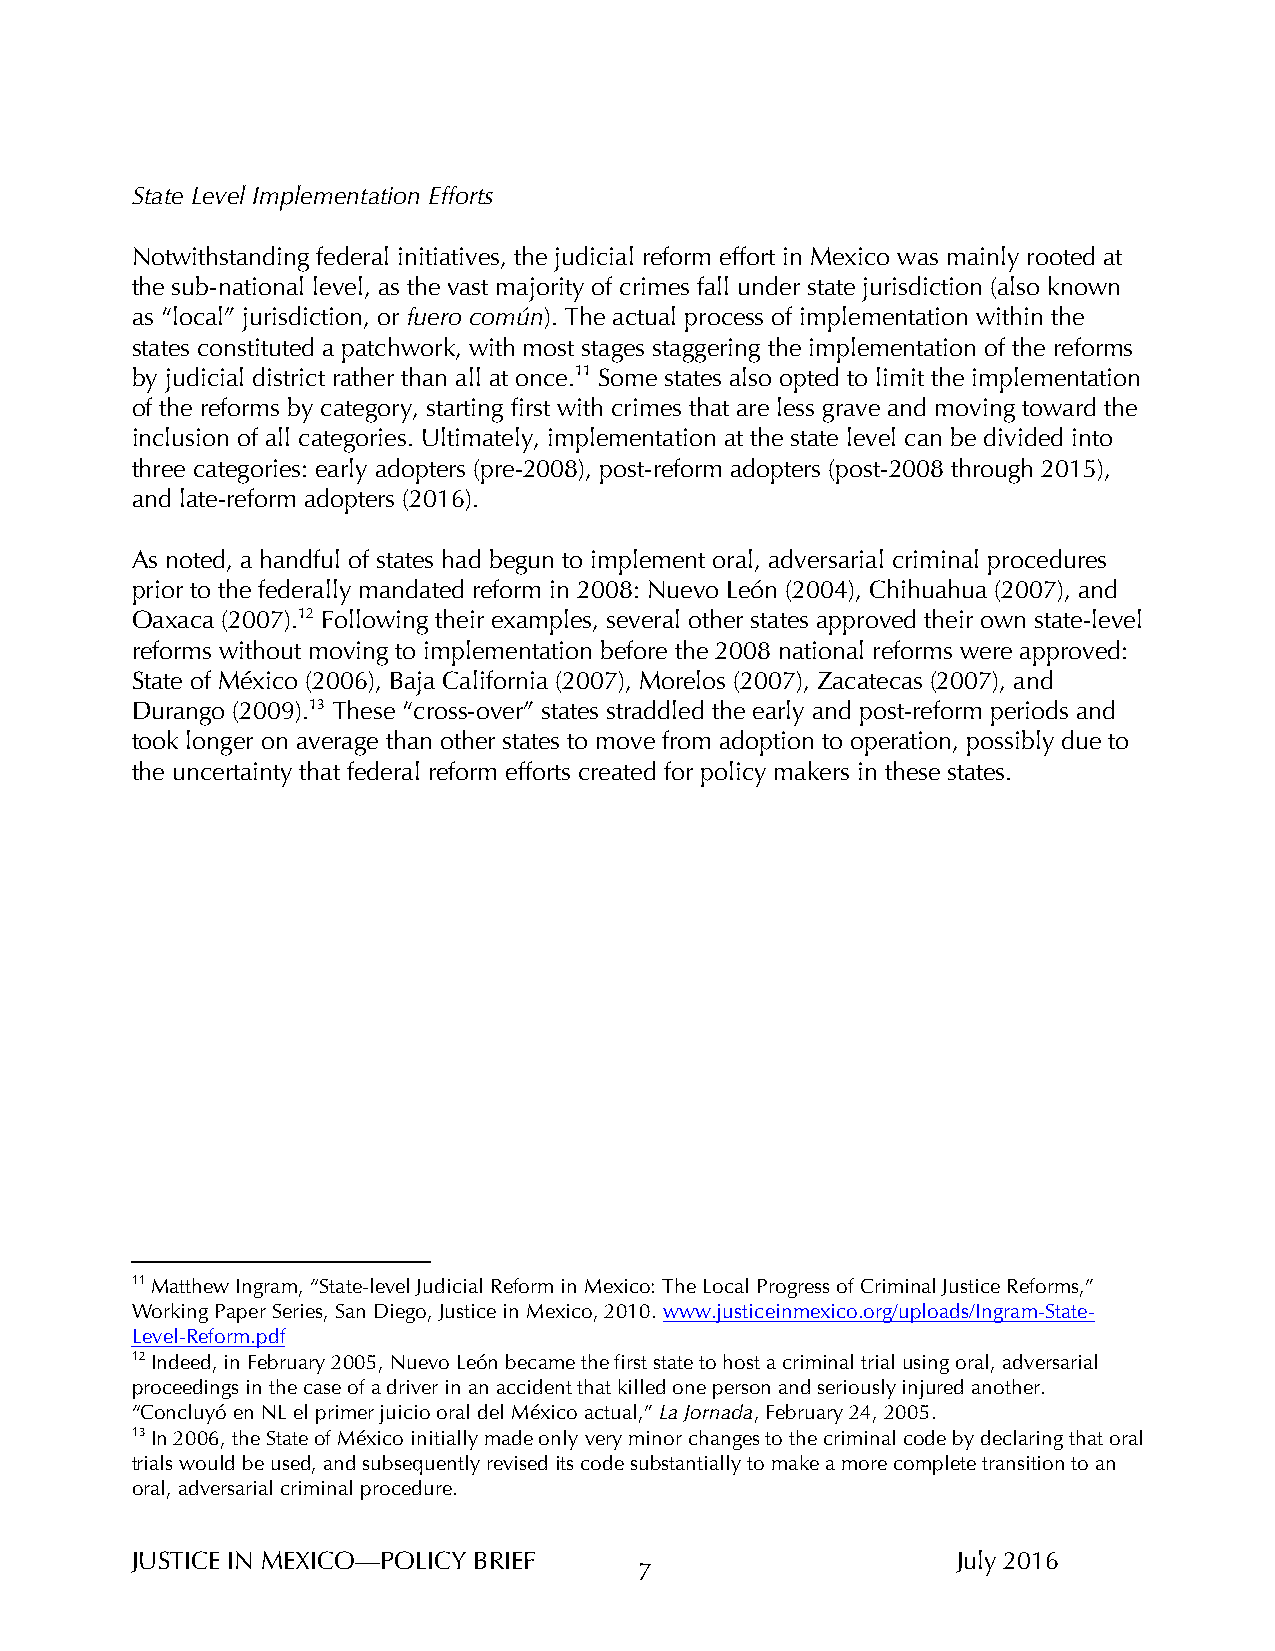
State Level Implementation Efforts
 Notwithstanding federal initiatives, the judicial reform effort in Mexico was mainly rooted at
 the sub-national level, as the vast majority of crimes fall under state jurisdiction (also known
 as “local” jurisdiction, or fuero común). The actual process of implementation within the
 states constituted a patchwork, with most stages staggering the implementation of the reforms
 by judicial district rather than all at once.11 Some states also opted to limit the implementation
 of the reforms by category, starting first with crimes that are less grave and moving toward the
 inclusion of all categories. Ultimately, implementation at the state level can be divided into
 three categories: early adopters (pre-2008), post-reform adopters (post-2008 through 2015),
 and late-reform adopters (2016).
 As noted, a handful of states had begun to implement oral, adversarial criminal procedures
 prior to the federally mandated reform in 2008: Nuevo León (2004), Chihuahua (2007), and
 Oaxaca (2007).12 Following their examples, several other states approved their own state-level
 reforms without moving to implementation before the 2008 national reforms were approved:
 State of México (2006), Baja California (2007), Morelos (2007), Zacatecas (2007), and
 Durango (2009).13 These “cross-over” states straddled the early and post-reform periods and
 took longer on average than other states to move from adoption to operation, possibly due to
 the uncertainty that federal reform efforts created for policy makers in these states.
 11 Matthew Ingram, “State-level Judicial Reform in Mexico: The Local Progress of Criminal Justice Reforms,”
 Working Paper Series, San Diego, Justice in Mexico, 2010. www.justiceinmexico.org/uploads/Ingram-State-
 Level-Reform.pdf
 12 Indeed, in February 2005, Nuevo León became the first state to host a criminal trial using oral, adversarial
 proceedings in the case of a driver in an accident that killed one person and seriously injured another.
 “Concluyó en NL el primer juicio oral del México actual,” La Jornada, February 24, 2005.
 13 In 2006, the State of México initially made only very minor changes to the criminal code by declaring that oral
 trials would be used, and subsequently revised its code substantially to make a more complete transition to an
 oral, adversarial criminal procedure.
 JUSTICE IN MEXICO—POLICY BRIEF                        July 2016
 7